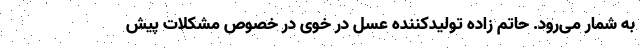
به شمار می‌رود. حاتم زاده تولیدکننده عسل در خوی در خصوص مشکلات پیش